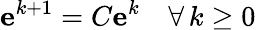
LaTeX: \mathbf{e}^{k+1}=C\mathbf{e}^{k}\quad\forall\, k\geq 0